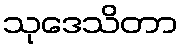
သုဒေသိတာ